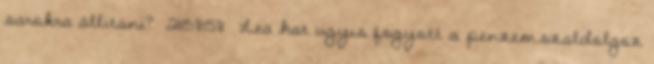
sarokra állitani? 21:58:58 Lea hat ugyis fogyott a penzem.szaldolgoz